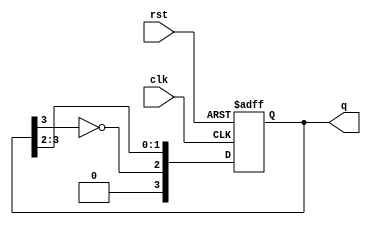
module johnson_counter #(parameter n = 4) (
    input wire clk,        // Clock input
    input wire rst,        // Asynchronous reset
    output reg [n-1:0] q   // Counter output
);

    // Always block triggered on clock edge and reset
    always @(posedge clk or posedge rst) begin
        if (rst) begin
            q <= 0;        // Reset the counter to 0
        end else begin
            // Johnson Counter logic
            q <= {~q[n-1], q[n-1:n-2]}; // Shift and invert last bit
        end
    end

endmodule